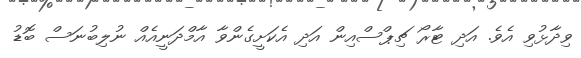
ވިދާޅުވި އެވެ. އަދި ޓާރޯ ޗިޕްސްއިން އަދި އެކަށީގެންވާ އާމްދަނީއެއް ނުލިބުނަސް ބޮޑު